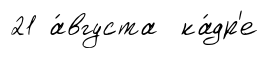
21 а́вгуста ка́др'е